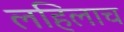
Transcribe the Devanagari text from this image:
लहिलाच